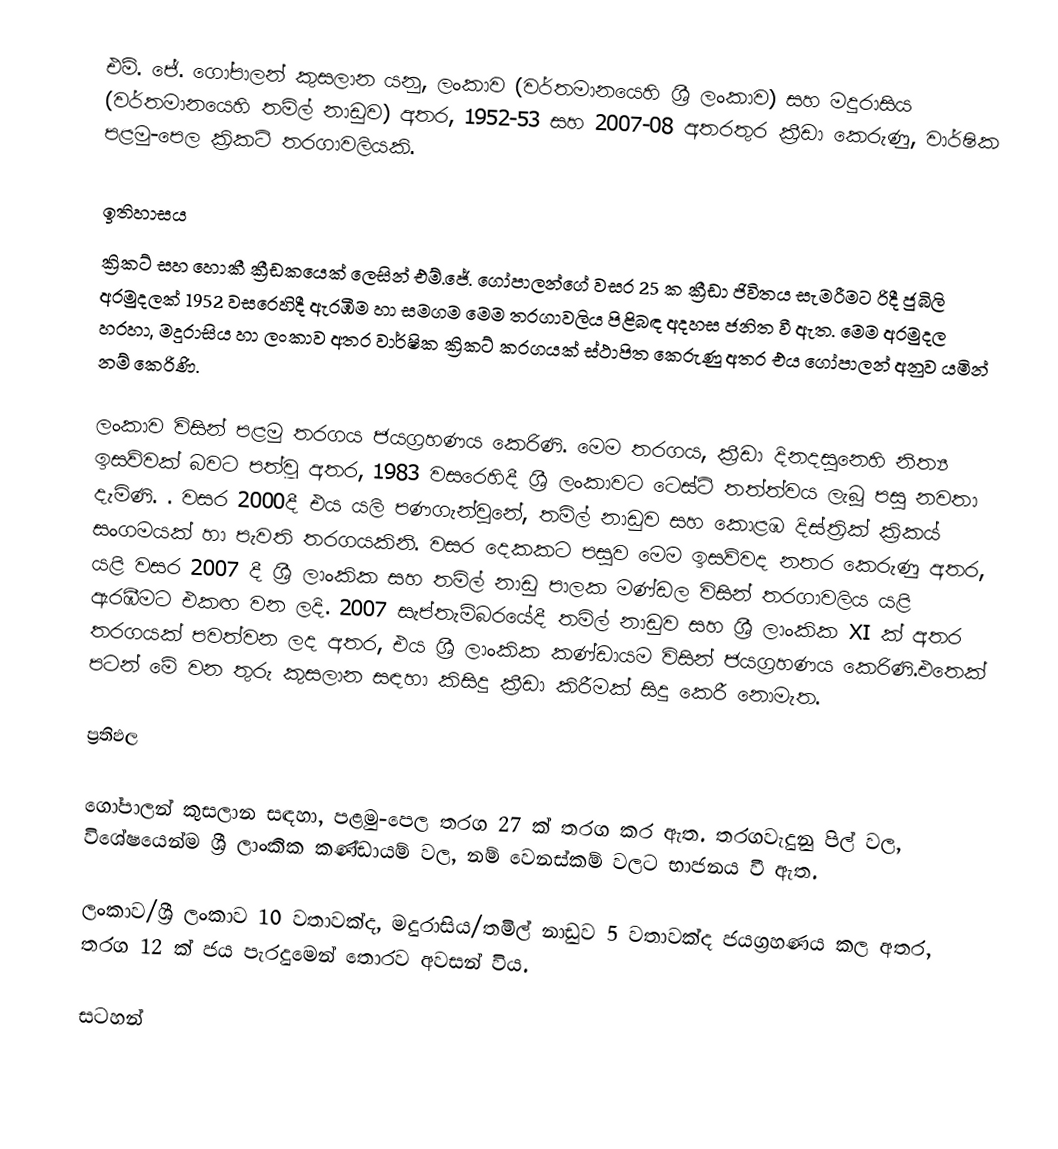
එම්. ජේ. ගෝපාලන් කුසලාන යනු,  ලංකාව (වර්තමානයෙහි ශ්‍රී ලංකාව) සහ මදුරාසිය (වර්තමානයෙහි තමිල් නාඩුව) අතර,  1952-53 සහ 2007-08 අතරතුර ක්‍රීඩා කෙරුණු, වාර්ෂික පළමු-පෙල ක්‍රිකට් තරගාවලියකි.

ඉතිහාසය
ක්‍රිකට් සහ හොකී ක්‍රීඩකයෙක් ලෙසින්  එම්.ජේ. ගෝපාලන්ගේ  වසර 25 ක ක්‍රීඩා ජිවිතය සැමරීමට රිදී ජුබිලි අරමුදලක් 1952 වසරෙහිදී ඇරඹීම හා සමගම මෙම තරගාවලිය පිළිබඳ අදහස ජනිත වී ඇත.   මෙම අරමුදල හරහා, මදුරාසිය හා ලංකාව අතර වාර්ෂික ක්‍රිකට් කරගයක් ස්ථාපිත කෙරුණු අතර එය ගෝපාලන් අනුව යමින් නම් කෙරිණි.

ලංකාව විසින් පළමු තරගය ජයග්‍රහණය කෙරිණි. මෙම තරගය, ක්‍රීඩා දිනදසුනෙහි නිත්‍ය ඉසව්වක් බවට පත්වූ අතර, 1983 වසරෙහිදී ශ්‍රී ලංකාවට ටෙස්ට් තත්ත්වය ලැබූ පසු නවතා දැමිණි. . වසර 2000දී එය යලි පණගැන්වුනේ, තමිල් නාඩුව සහ කොළඹ දිස්ත්‍රික් ක්‍රිකය් සංගමයක් හා පැවති තරගයකිනි. වසර දෙකකට පසුව මෙම ඉසව්වද නතර කෙරුණු අතර, යළි වසර 2007 දී ශ්‍රී ලාංකික සහ තමිල් නාඩු පාලක මණ්ඩල විසින් තරගාවලිය යළි ඇරඹීමට එකඟ වන ලදි.  2007 සැප්තැම්බරයේදී තමිල් නාඩුව සහ ශ්‍රී ලාංකික XI ක් අතර තරගයක් පවත්වන ලද අතර, එය ශ්‍රී ලාංකික කණ්ඩායම විසින් ජයග්‍රහණය කෙරිණි.එතෙක් පටන් මේ වන තුරු කුසලාන සඳහා කිසිදු ක්‍රීඩා කිරීමක් සිදු කෙරී නොමැත.

ප්‍රතිඵල

ගෝපාලන් කුසලාන සඳහා, පළමු-පෙල තරග 27 ක් තරග කර ඇත. තරගවැදුනු පිල් වල, විශේෂයෙන්ම ශ්‍රී ලාංකික කණ්ඩායම් වල,  නම් වෙනස්කම් වලට භාජනය වී ඇත.

ලංකාව/ශ්‍රී ලංකාව 10 වතාවක්ද, මදුරාසිය/තමිල් නාඩුව 5 වතාවක්ද ජයග්‍රහණය කල අතර, තරග 12 ක් ජය පැරදුමෙන් තොරව අවසන් විය.

සටහන්